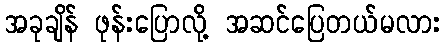
အခုချိန် ဖုန်းပြောလို့ အဆင်ပြေတယ်မလား